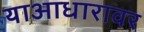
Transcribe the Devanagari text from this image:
याआधारावर